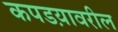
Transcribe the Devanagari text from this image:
कपडय़ावरील